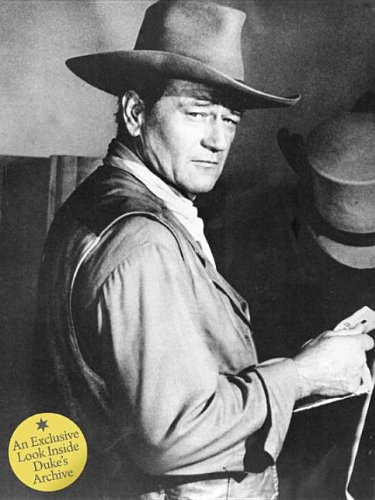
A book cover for John Wayne: The Legend and the Man: An Exclusive Look Inside Duke's Archive; John Wayne Enterprises; Humor & Entertainment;